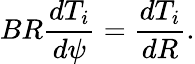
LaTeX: BR\frac{dT_{i}}{d\psi}=\frac{dT_{i}}{dR}.